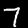
Label: 7